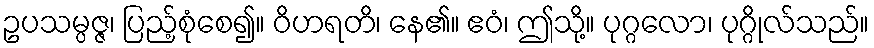
ဥပသမ္ပဇ္ဇ၊ ပြည့်စုံစေ၍။ ဝိဟရတိ၊ နေ၏။ ဧဝံ၊ ဤသို့။ ပုဂ္ဂလော၊ ပုဂ္ဂိုလ်သည်။